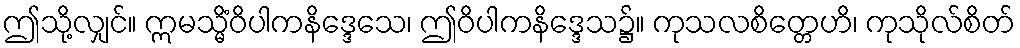
ဤသို့လျှင်။ ဣမသ္မိံဝိပါကနိဒ္ဒေသေ၊ ဤဝိပါကနိဒ္ဒေသ၌။ ကုသလစိတ္တေဟိ၊ ကုသိုလ်စိတ်